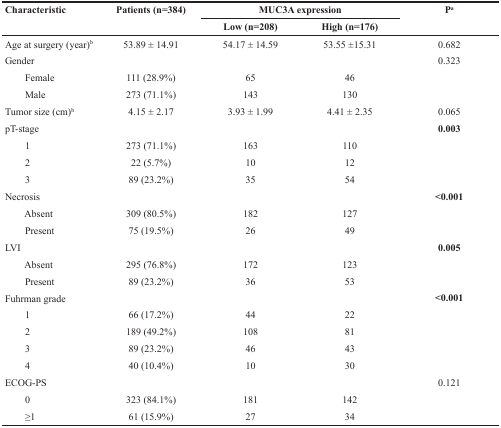
| <ROWSPAN=2> Characteristic | <ROWSPAN=2> Patients (n=384) | <COLSPAN=2> MUC3A expression | <ROWSPAN=2> Pa |
 | Low (n=208) | High (n=176) |
 | --- | --- | --- | --- | --- |
 | Age at surgery (year)b | 53.89 ± 14.91 | 54.17 ± 14.59 | 53.55 ±15.31 | 0.682 |
 | Gender |  |  |  | 0.323 |
 | Female | 111 (28.9%) | 65 | 46 |  |
 | Male | 273 (71.1%) | 143 | 130 |  |
 | Tumor size (cm)b | 4.15 ± 2.17 | 3.93 ± 1.99 | 4.41 ± 2.35 | 0.065 |
 | pT-stage |  |  |  | 0.003 |
 | 1 | 273 (71.1%) | 163 | 110 |  |
 | 2 | 22 (5.7%) | 10 | 12 |  |
 | 3 | 89 (23.2%) | 35 | 54 |  |
 | Necrosis |  |  |  | <0.001 |
 | Absent | 309 (80.5%) | 182 | 127 |  |
 | Present | 75 (19.5%) | 26 | 49 |  |
 | LVI |  |  |  | 0.005 |
 | Absent | 295 (76.8%) | 172 | 123 |  |
 | Present | 89 (23.2%) | 36 | 53 |  |
 | Fuhrman grade |  |  |  | <0.001 |
 | 1 | 66 (17.2%) | 44 | 22 |  |
 | 2 | 189 (49.2%) | 108 | 81 |  |
 | 3 | 89 (23.2%) | 46 | 43 |  |
 | 4 | 40 (10.4%) | 10 | 30 |  |
 | ECOG-PS |  |  |  | 0.121 |
 | 0 | 323 (84.1%) | 181 | 142 |  |
 | ≥1 | 61 (15.9%) | 27 | 34 |  |